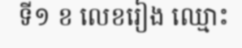
ទី១ ខ លេខរៀង ឈ្មោះ